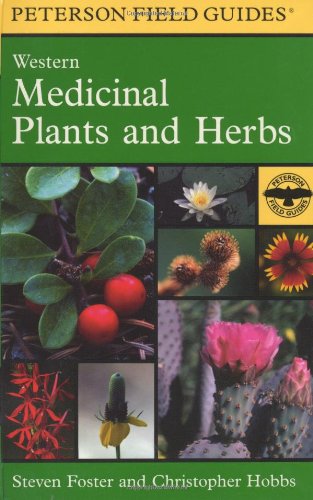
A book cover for A Field Guide to Western Medicinal Plants and Herbs (Peterson Field Guides); Christopher Hobbs; Science & Math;